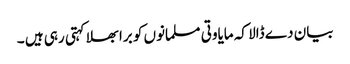
بیان دے ڈالا کہ مایاوتی مسلمانوں کو برا بھلا کہتی رہی ہیں ۔